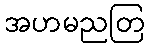
အဟမညတြ